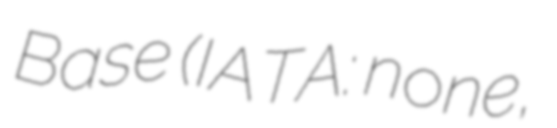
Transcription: Base (IATA: none,